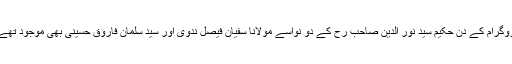
پروگرام کے دن حکیم سید نور الدین صاحب رح کے دو نواسے مولانا سفیان فیصل ندوی اور سید سلمان فاروق حسینی بھی موجود تھے ۔